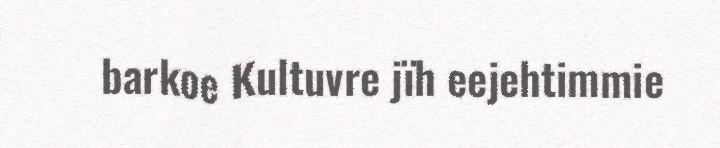
barkoe Kultuvre jïh eejehtimmie